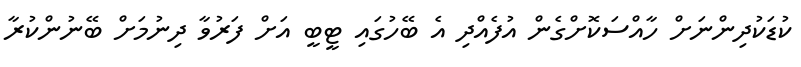
ކުޑަކުދިންނަށް ހާއްސަކޮށްގެން އުފެއްދި އެ ބޭހުގައި ޓީބީ އަށް ފަރުވާ ދިނުމަށް ބޭނުންކުރާ